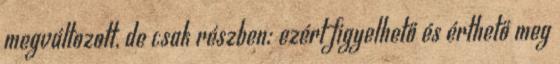
megváltozott, de csak részben; ezért figyelhető és érthető meg